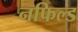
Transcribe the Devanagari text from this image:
नफिल्ड